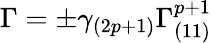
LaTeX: \Gamma=\pm\gamma_{(2p+1)}\Gamma_{(11)}^{p+1}